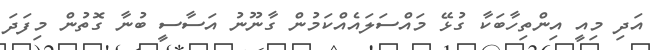
އަދި މިއީ އިންތިހާބަކާ ގުޅޭ މައްސަލައެއްކަމުން ގާނޫނު އަސާސީ ބުނާ ގޮތުން މިފަދަ